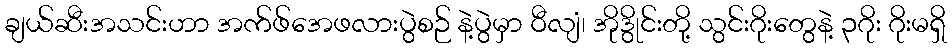
ချယ်ဆီးအသင်းဟာ အက်ဖ်အေဖလားပွဲစဉ် နဲ့ပွဲမှာ ဝီလျံ၊ အိုဒွိုင်းတို့ သွင်းဂိုးတွေနဲ့ ၃ဂိုး ဂိုးမရှိ